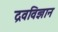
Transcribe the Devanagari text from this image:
द्रवविज्ञान